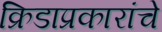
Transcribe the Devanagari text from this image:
क्रिडाप्रकारांचे